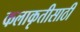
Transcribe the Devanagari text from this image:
कलाकृतीसाठी